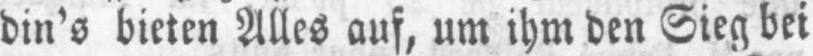
din’s bieten Alles auf, um ihm den Sieg bei